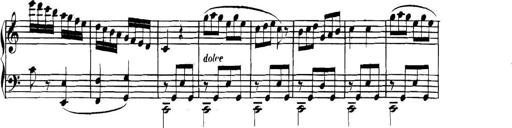
Title: Collected Piano Sonatas
Composer: Muzio Clementi